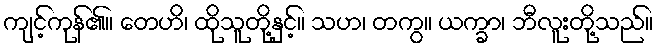
ကျင့်ကုန်၏။ တေဟိ၊ ထိုသူတို့နှင့်။ သဟ၊ တကွ။ ယက္ခာ၊ ဘီလူးတို့သည်။